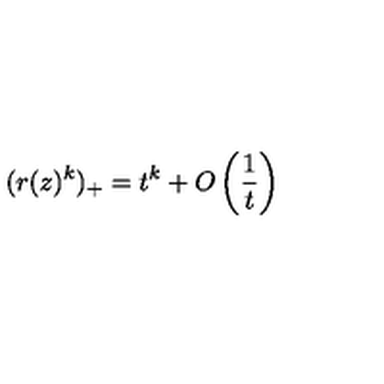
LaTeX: ( r ( z ) ^ { k } ) _ { + } = t ^ { k } + O \left( \frac 1 t \right)